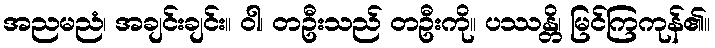
အညမညံ၊ အချင်းချင်း။ ဝါ၊ တဦးသည် တဦးကို။ ပဿန္တိ၊ မြင်ကြကုန်၏။